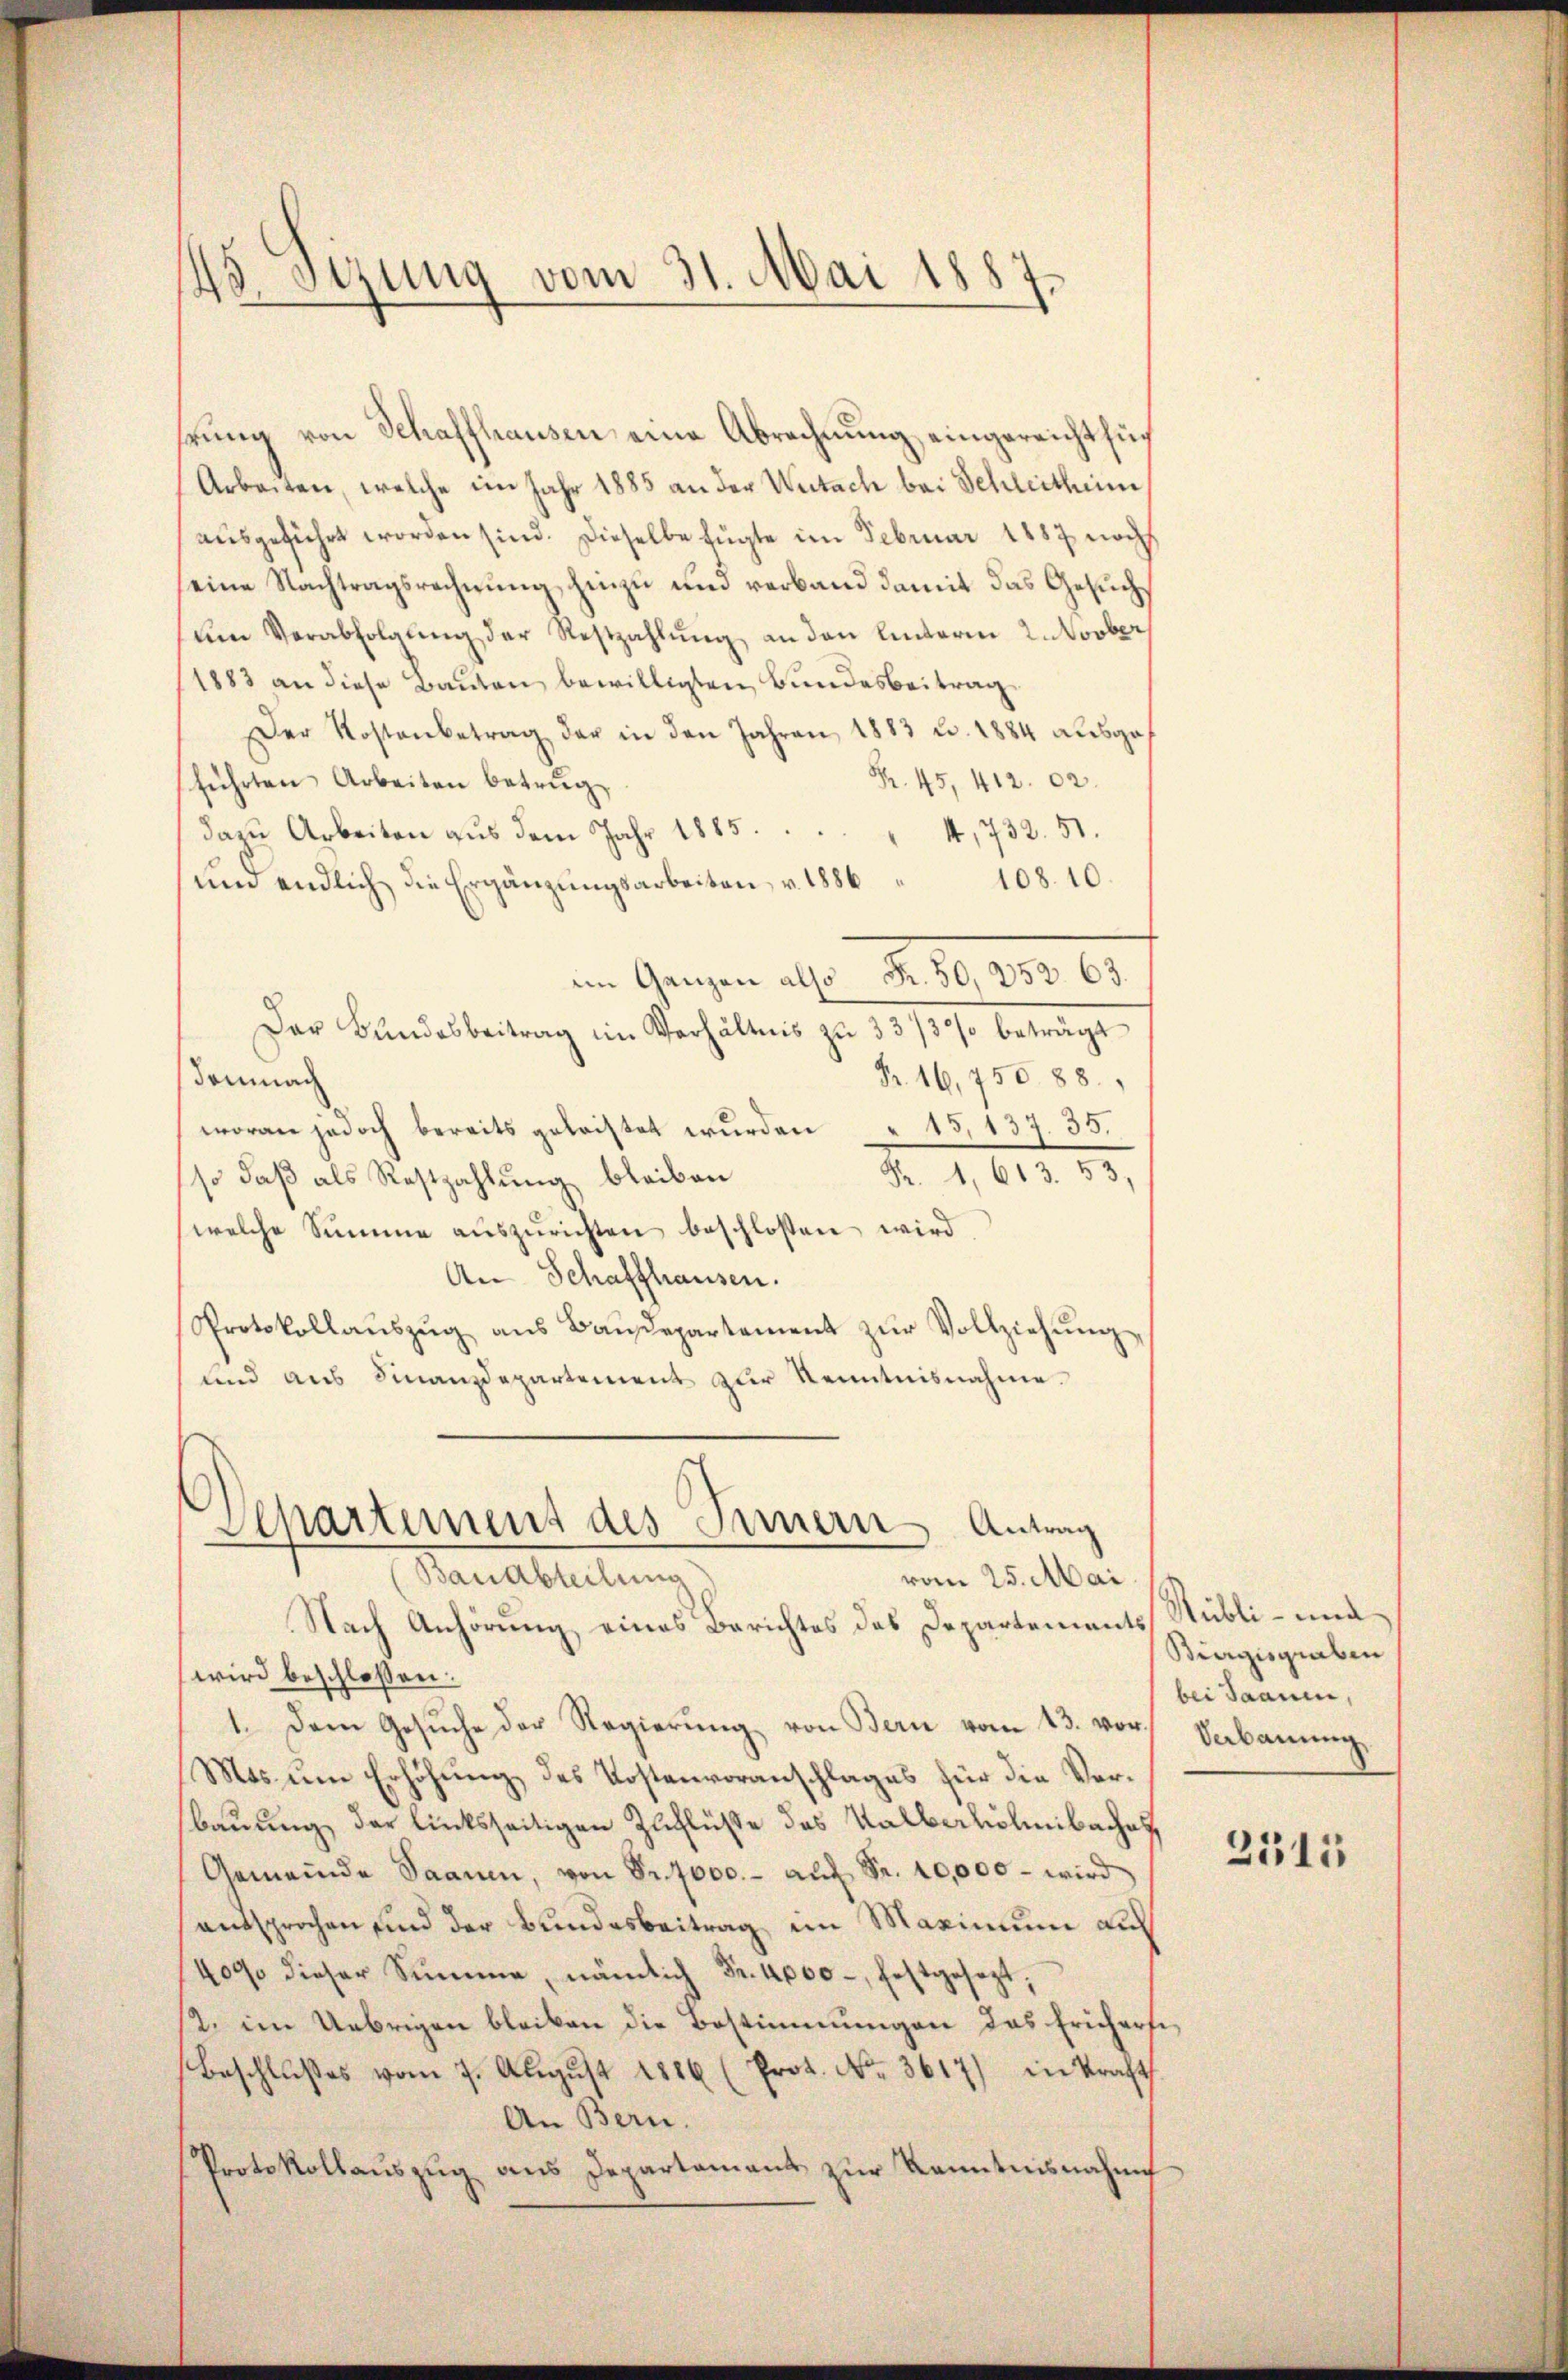
45. Sizung vom 31. Mai 1887

hrŭng von Schaffhausen eine Abrechnung eingereicht für
Arbeiten, welche im Jahr 1885 an der Wutach bei Schleithen
ausgeführt worden sind. Dieselbe fügte im Februar 1887 noch
eine Nachtragsrechnung, hinzu und verband damit das Gesucham Verabfolgŭng der Restzahlŭng an den hinterm 2. Novber
1883 an diese Bauten bewilligten Bundesbeitrag
Der Kostenbetrag der in den Jahren 1883 u. 1884 aŭsges
Fr. 45, 412. 02.
führten Arbeiten betrug.
dazu Arbeiten aus dem Jahr 1885.
4, 732. 51.
108. 10
um endlich die Ergänzungsarbeiten, v. 1886
im Ganzen also Fr. 50, 233. 65.
Der Bundesbeitrag im Verhältnis zu 33/3% beträgt
Fr. 16,750. 88.
Demnach
woran jedoch bereits geleistet wurden 15, 137. 35.
R. 1,613. 53.
so daß als Restzahlung bleiben
welche Summe auszurichten beschlossen wird,
An Schaffhausen.
Protokollaŭszŭg ans Baŭdepartement zŭr Vollziehŭng
und aus Finanzdepartement zur Kenntnisnahme.

Separtemens des Innern Antrag
Bauabteilung
vom 25. Mai

Nach Anhörung eines Berichtes des Departements Subli - und
wird beschloßen:
1. Dem Gesuche der Regierung von Bern vom 13. vor, Sebauung,
Mos um Erhöhung des Kostenvoranschlages für die Verbauung der linksseitigen Zuflüße des Kalberhöhnibachah
Gemeinde Saamen, von Sr. 7000.- aŭf Fr. 10,000 - wird
entsprochen sind der Bundesbeitrag im Maximum auf
409 dieser Summe, nämlich Fr. 4000. festgesezt;
2. im Uebrigen bleiben die Bestimmungen das Ericherfi
Beschlußes vom 7. August 1886 (Prot. No. 3617) in Kraft
An Bern.
Protokollaŭszŭg ans Departament zŭr Kenntnisnahme

Biergisgraben
bei Saamen,

2511